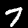
Label: 7